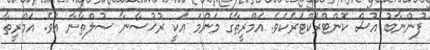
ފުންނާބު އުސް ކޮންޓްރެކްޓަރެކެވެ. އަމްރީތާގެ މަންމަ އަކީ ރުޚުސާނާ ސުލްތާނާ އެވެ. އަމްރީތާ